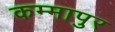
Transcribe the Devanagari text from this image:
कम्मापुर